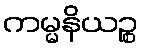
ကမ္မနိယဉ္စ